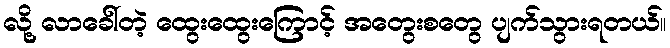
လို့ လာခေါ်တဲ့ ထွေးထွေးကြောင့် အတွေးစတွေ ပျက်သွားရတယ်။